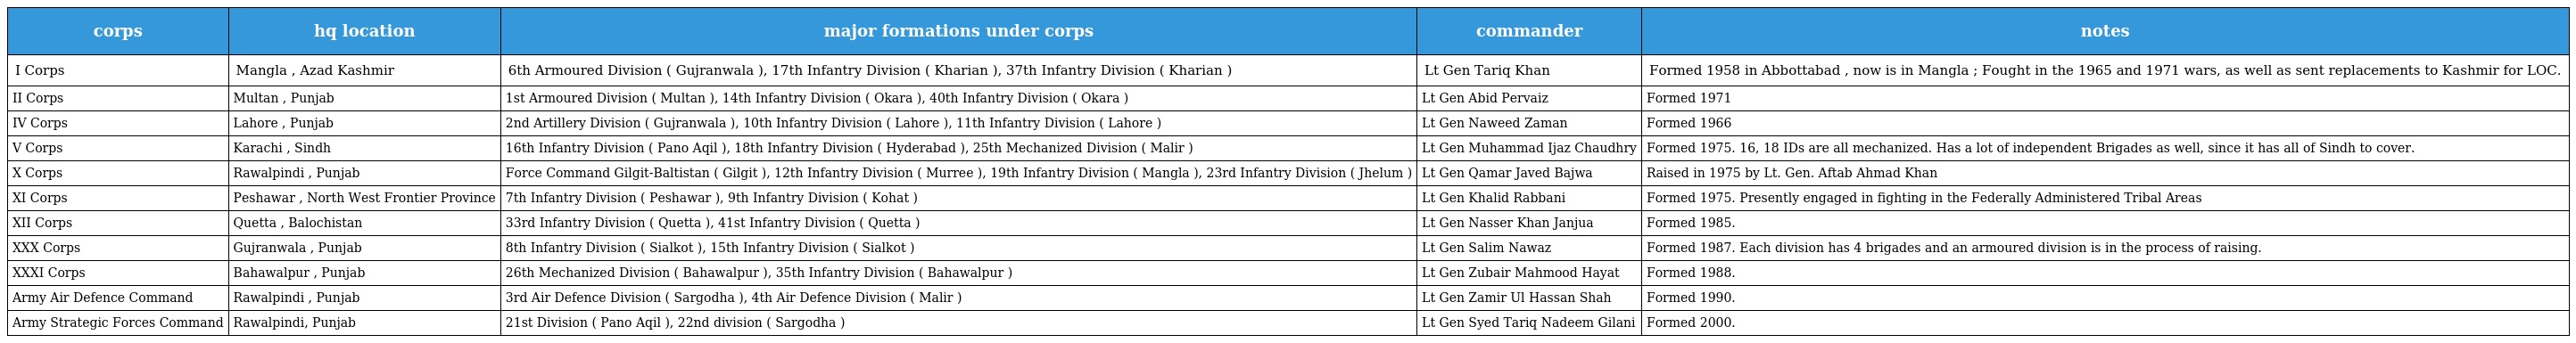
| corps | hq location | major formations under corps | commander | notes |
 | --- | --- | --- | --- | --- |
 | I Corps | Mangla , Azad Kashmir | 6th Armoured Division ( Gujranwala ), 17th Infantry Division ( Kharian ), 37th Infantry Division ( Kharian ) | Lt Gen Tariq Khan | Formed 1958 in Abbottabad , now is in Mangla ; Fought in the 1965 and 1971 wars, as well as sent replacements to Kashmir for LOC. |
 | II Corps | Multan , Punjab | 1st Armoured Division ( Multan ), 14th Infantry Division ( Okara ), 40th Infantry Division ( Okara ) | Lt Gen Abid Pervaiz | Formed 1971 |
 | IV Corps | Lahore , Punjab | 2nd Artillery Division ( Gujranwala ), 10th Infantry Division ( Lahore ), 11th Infantry Division ( Lahore ) | Lt Gen Naweed Zaman | Formed 1966 |
 | V Corps | Karachi , Sindh | 16th Infantry Division ( Pano Aqil ), 18th Infantry Division ( Hyderabad ), 25th Mechanized Division ( Malir ) | Lt Gen Muhammad Ijaz Chaudhry | Formed 1975. 16, 18 IDs are all mechanized. Has a lot of independent Brigades as well, since it has all of Sindh to cover. |
 | X Corps | Rawalpindi , Punjab | Force Command Gilgit-Baltistan ( Gilgit ), 12th Infantry Division ( Murree ), 19th Infantry Division ( Mangla ), 23rd Infantry Division ( Jhelum ) | Lt Gen Qamar Javed Bajwa | Raised in 1975 by Lt. Gen. Aftab Ahmad Khan |
 | XI Corps | Peshawar , North West Frontier Province | 7th Infantry Division ( Peshawar ), 9th Infantry Division ( Kohat ) | Lt Gen Khalid Rabbani | Formed 1975. Presently engaged in fighting in the Federally Administered Tribal Areas |
 | XII Corps | Quetta , Balochistan | 33rd Infantry Division ( Quetta ), 41st Infantry Division ( Quetta ) | Lt Gen Nasser Khan Janjua | Formed 1985. |
 | XXX Corps | Gujranwala , Punjab | 8th Infantry Division ( Sialkot ), 15th Infantry Division ( Sialkot ) | Lt Gen Salim Nawaz | Formed 1987. Each division has 4 brigades and an armoured division is in the process of raising. |
 | XXXI Corps | Bahawalpur , Punjab | 26th Mechanized Division ( Bahawalpur ), 35th Infantry Division ( Bahawalpur ) | Lt Gen Zubair Mahmood Hayat | Formed 1988. |
 | Army Air Defence Command | Rawalpindi , Punjab | 3rd Air Defence Division ( Sargodha ), 4th Air Defence Division ( Malir ) | Lt Gen Zamir Ul Hassan Shah | Formed 1990. |
 | Army Strategic Forces Command | Rawalpindi, Punjab | 21st Division ( Pano Aqil ), 22nd division ( Sargodha ) | Lt Gen Syed Tariq Nadeem Gilani | Formed 2000. |